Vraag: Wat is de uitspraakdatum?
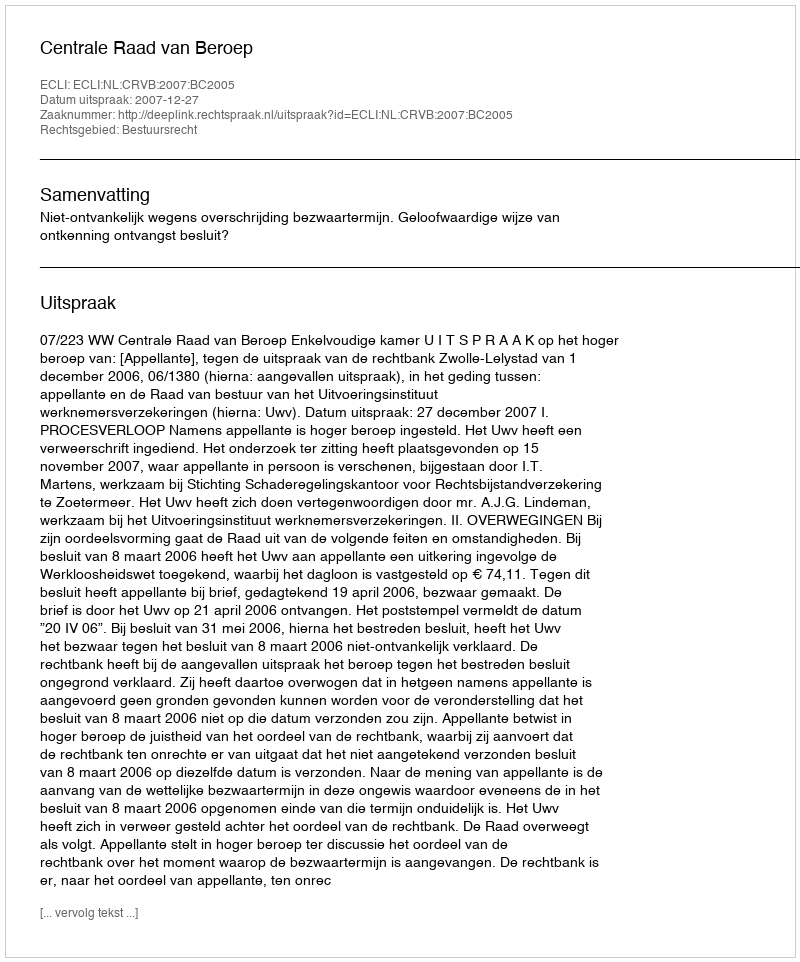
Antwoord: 2007-12-27